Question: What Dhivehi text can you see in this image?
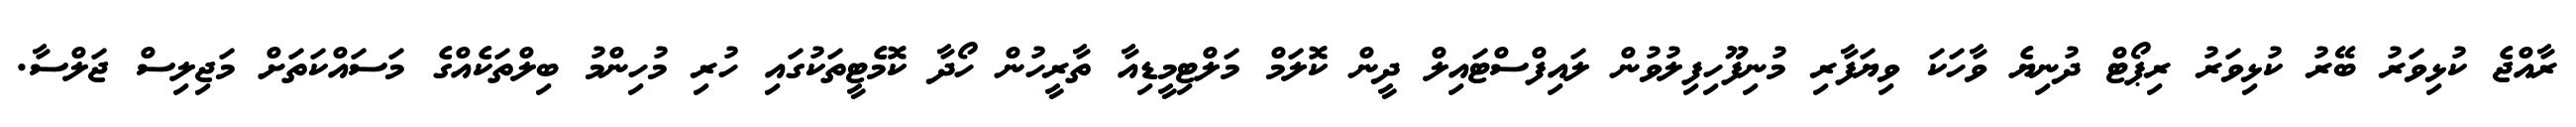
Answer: ރާއްޖެ ކުޅިވަރު ބޭރު ކުޅިވަރު ރިޕޯޓް ދުނިޔެ ވާހަކަ ވިޔަފާރި މުނިފޫހިފިލުވުން ލައިފްސްޓައިލް ދީން ކޮލަމް މަލްޓިމީޑިއާ ތާރީހުން ހޯދާ ކޮމެޓީތަކުގައި ހުރި މުހިންމު ބިލްތަކެއްގެ މަސައްކަތަށް މަޖިލިސް ޖަލްސާ.